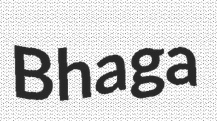
Bhaga